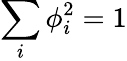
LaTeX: \sum_{i}\phi_{i}^{2}=1